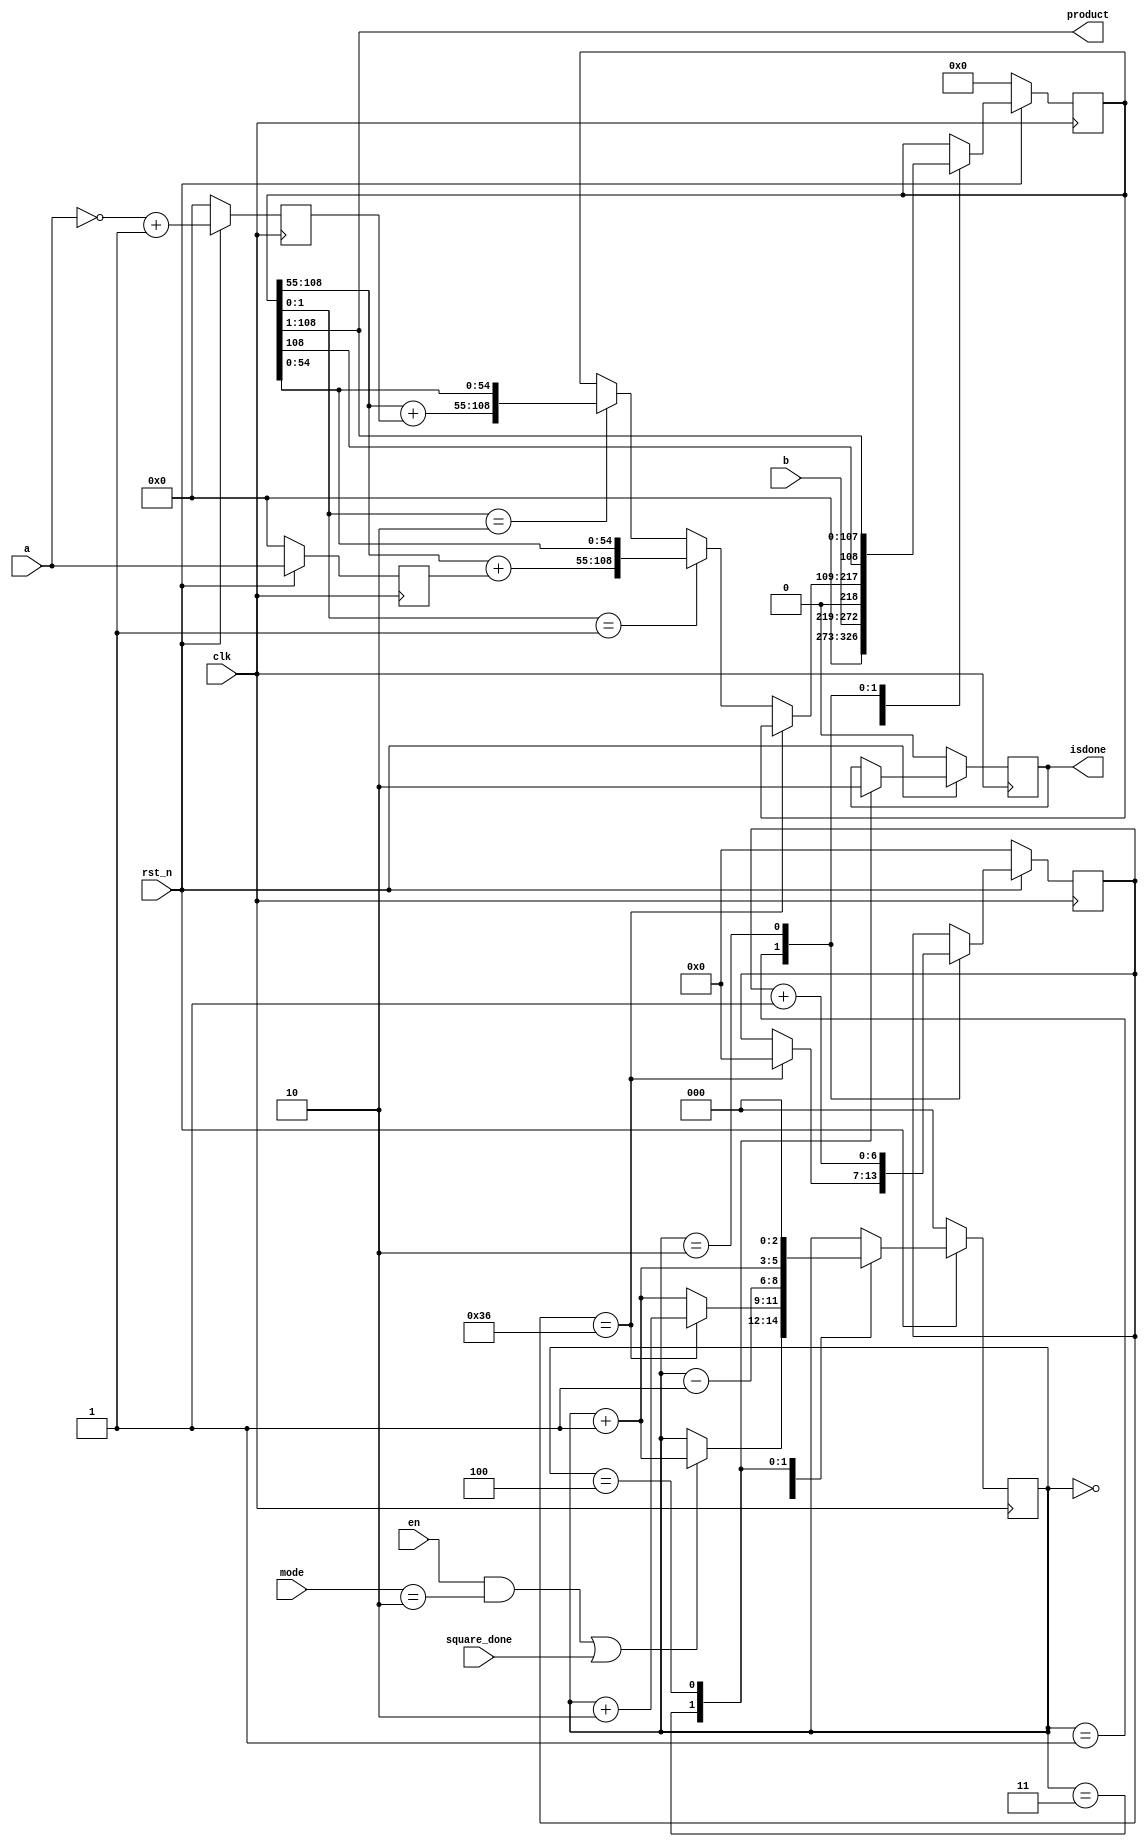
module mul_mantissa
(
input rst_n,
input clk,
input [2:0]mode,
input square_done,
input [53:0] a,
input [53:0] b,
input en,
output reg isdone,
output [107:0]product
);
reg n_isdone;
reg[2:0] state, n_state;
reg[53:0] ra, n_ra;
reg[53:0] rs, n_rs;
reg[108:0] rp, n_rp;
reg[6:0] P_CNT, n_P_CNT;

always @(posedge clk) begin
     if(~rst_n) begin
          state <= 0;
          ra <= 0;
          rs <= 0;
          rp <= 0;
          P_CNT <= 0;
          isdone <= 0;
     end
     else begin
          state <= n_state;
          ra <= n_ra;
          rs <= n_rs;
          rp <= n_rp;
          P_CNT <= n_P_CNT;
          isdone <= n_isdone;
     end
end


always @* begin
     n_state = state;
     n_ra = a;
     n_rs = (~a+1);
     n_rp = rp;
     n_P_CNT = P_CNT;
     n_isdone = isdone;

     case(state) //synopsys parallel_case
          3'd0: begin
               n_rp = {54'd0,b,1'b0};
               if((en && mode == 2) || square_done ==1)
                    n_state = state+1;
               else
                    n_state = state;  
          end
          3'd1: begin
               if(P_CNT==54) begin
                    n_P_CNT =0;
                    n_state = state+2;
               end
               else if(rp[1:0]==2'b01) begin
                    n_rp = {rp[108:55]+ra,rp[54:0]};
                    n_state = state+1;
               end
               else if(rp[1:0]==2'b10) begin
                    n_rp = {rp[108:55]+rs,rp[54:0]};
                    n_state = state+1;
               end
               else
                    n_state = state+1;
               end
          3'd2: begin
               n_rp = {rp[108],rp[108:1]};
               n_P_CNT = P_CNT+1;
               n_state = state-1;
          end
          3'd3: begin
               n_isdone = 1;
               n_state = state+1;
          end
          3'd4: begin
               n_isdone = 0;
               n_state = 0;
          end
     endcase

end

assign product=rp[108:1];

endmodule